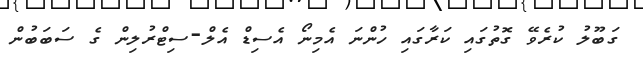
ގަބޫލު ކުރެވޭ ގޮތުގައި ކަރާގައި ހުންނަ އެމިނޯ އެސިޑް އެލް-ސިޓްރުލިން ގެ ސަބަބުން